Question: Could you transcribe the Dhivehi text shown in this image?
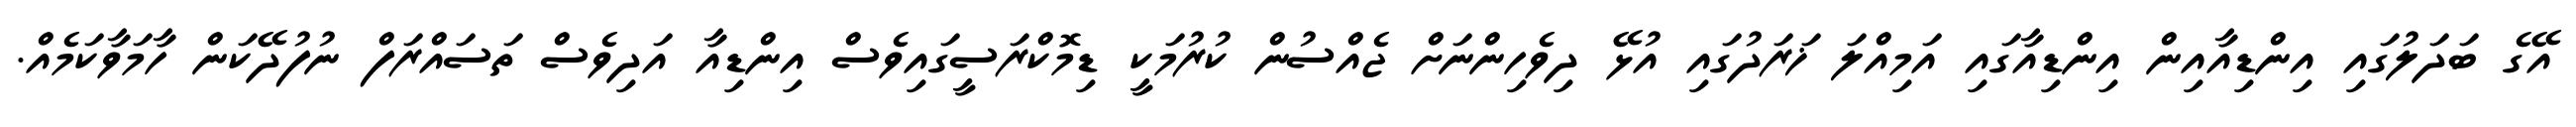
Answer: އޭގެ ބަދަލުގައި އިންޑިއާއިން އިންޑިއާގައި އަމިއްލަ ޚަރަދުގައި އުޅޭ ދިވެހިންނަށް ޖެއްސުން ކުރުމަކީ ޑިމޮކްރަސީގައިވެސް އިންޑިއާ އަދިވެސް ތަސައްރަފް ނުފުދޭކަން ހާމަވާކަމެއް.